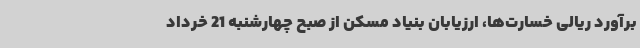
برآورد ریالی خسارت‌ها، ارزیابان بنیاد مسکن از صبح چهارشنبه 21 خرداد